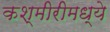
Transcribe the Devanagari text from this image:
कश्मीरीमध्ये